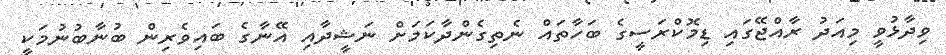
ވިދާޅުވީ މިއަދު ރާއްޖޭގައި ޑިމޮކްރަސީގެ ބަހާތައް ނެތިގެންދާކަމަށް ނަޝީދާއި އޭނާގެ ބައިވެރިން ބުނާބުނުމަކީ